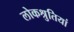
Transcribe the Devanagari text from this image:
लोकश्रुतियां